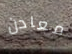
معادن